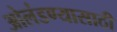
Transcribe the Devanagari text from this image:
ओलंडण्यासाठी